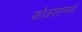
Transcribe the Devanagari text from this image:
कोळशामध्ये